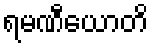
ရမဏီယောတိ